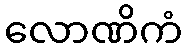
လောဏိကံ